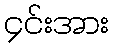
၄င်းအား